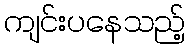
ကျင်းပနေသည့်